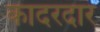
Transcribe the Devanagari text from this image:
कादरदार